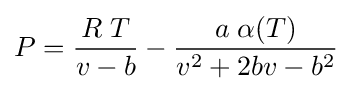
P={\frac {R\;T}{v-b}}-{\frac {a\;\alpha (T)}{v^{2}+2bv-b^{2}}}